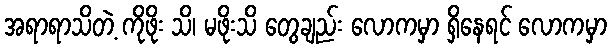
အရာရာသိတဲ့ ကိုဖိုး သိ၊ မဖိုးသိ တွေချည်း လောကမှာ ရှိနေရင် လောကမှာ